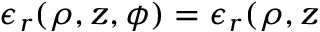
\epsilon _ { r } ( \rho , z , \phi ) = \epsilon _ { r } ( \rho , z